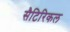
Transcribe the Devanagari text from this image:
सैटिरिकल